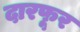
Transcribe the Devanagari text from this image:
दारफूर